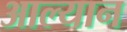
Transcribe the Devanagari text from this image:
आल्यान